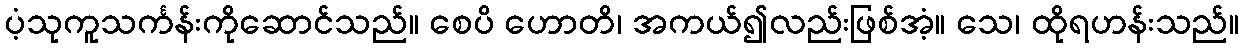
ပံ့သုကူသင်္ကန်းကိုဆောင်သည်။ စေပိ ဟောတိ၊ အကယ်၍လည်းဖြစ်အံ့။ သေ၊ ထိုရဟန်းသည်။